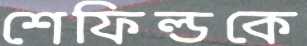
শেফিল্ডকে